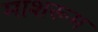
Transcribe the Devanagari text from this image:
माशरूम